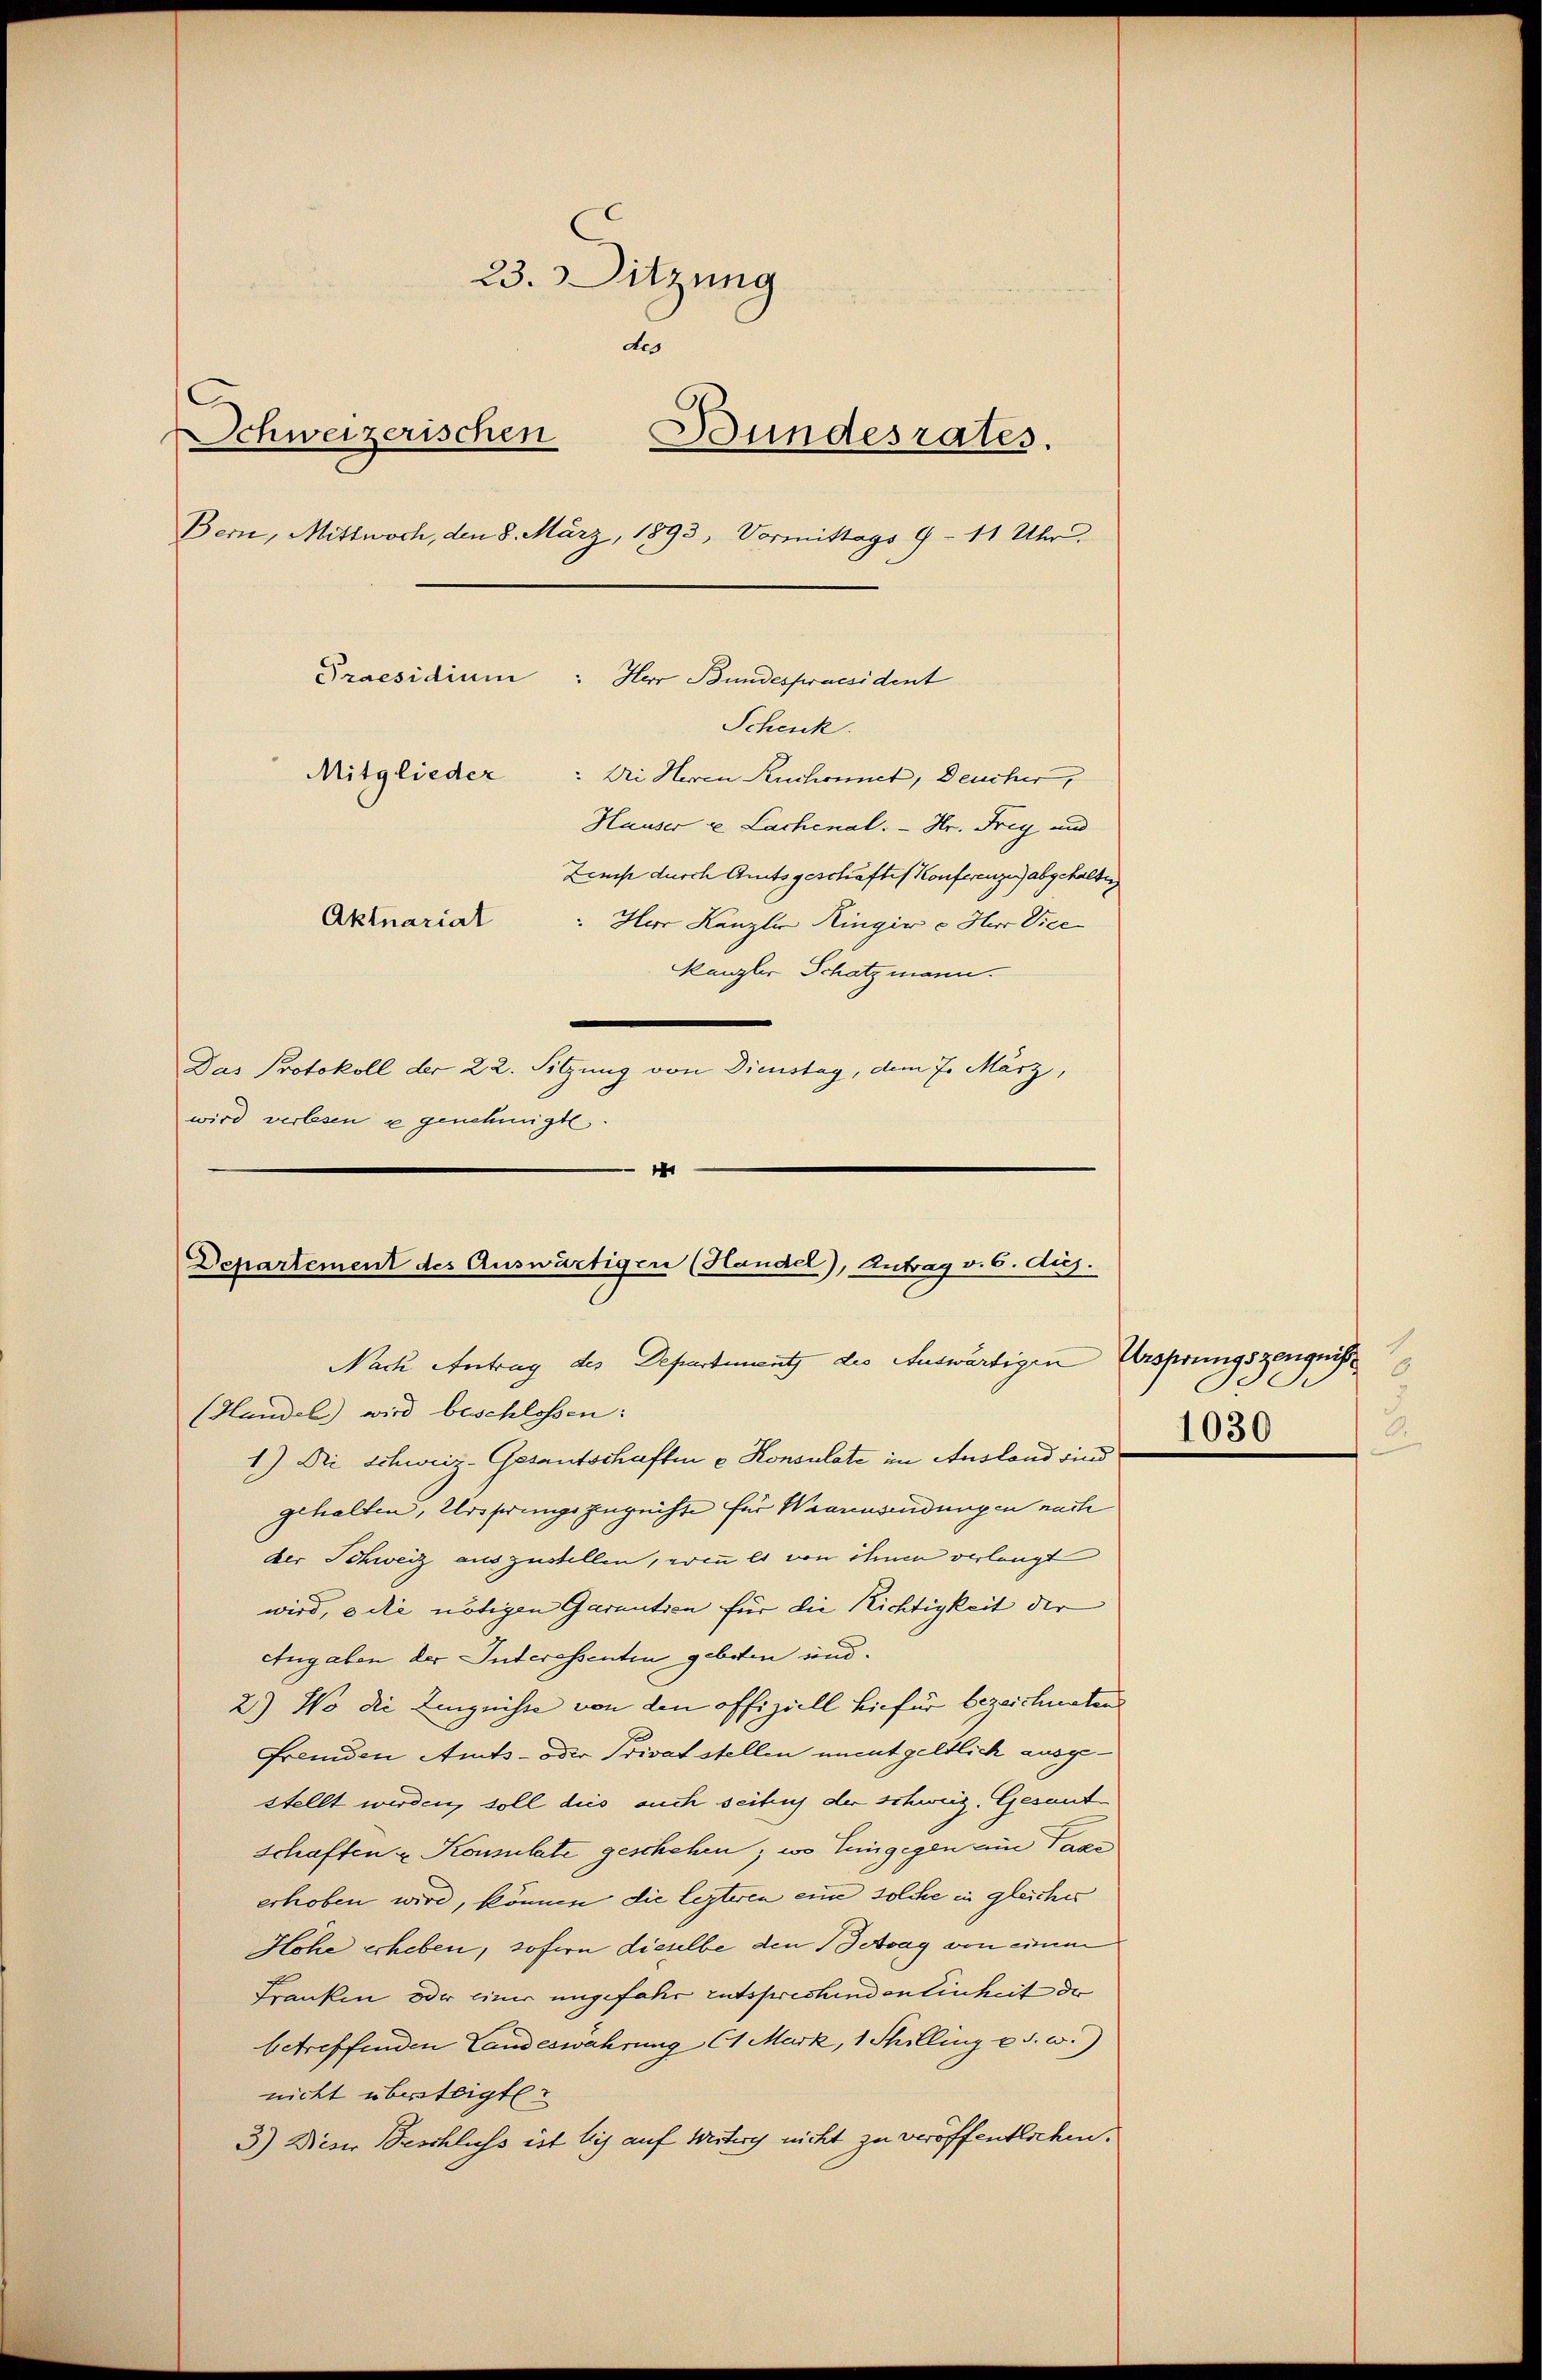
23. Sitzung
des
Schweizerischen
Bundesrates.
Bern, Mittwoch, den 8. März, 1893, Vormittags 9 - 11 Uhr
Praesidium: Herr Bundespraesident
Schenk.
Mitglieder: Di Herrn Ruchonnet, Deucher,
Hauser u Lachenal.  Hr. Frey und
Zemp durch Amtsgeschäftes Konferenze abgehalten
Aktuariat
Hur Kanzler Ringer u Herr Vice
Kanzler Schatzmann.
Das Protokoll der 22. Sitzung von Dienstag, dem 7. März,
wird verlesen e genehmigte.
1

Departement des Auswärtigen (Handel), Antrag v. 6. dies.
Nach Antrag des Departement die Auswärtigen Ursprungszeugnisse
(Handel wird beschlossen:

1) Die Schweiz-Gesentschaften u Konsulate im Ausland sind
gehalten, Ursserungs zugeiste für Waarensendungen nach
der Schweiz auszustellen, wenn es von ihnen verlangt
wird, e die nötigen Garantien für die Richtigkeit der
Angaben der Interessenten geboten und
2) Wo die Zingnisse von den offiziell hiefür bezeichneten
Fremden Amts- oder Privat stellen unentgeltlich ausgestellt werden, soll dies auch seite der schweiz. Gesandschaften u Konsulate geschehen; wo Eingegen ein Taxe
erhoben wird, können, die lezteren eine solche in gleiches
Hohe erheben, sofern dieselbe den Betrag von einem
Franken oder einer ungefahr entsprechenden Einheit der
betreffenden Landeswahrung (1 Mark, 1 Thilling u. s. w.)
nicht übersteigt.
3) Dieser Beschluss ist bis auf Weitery nicht zu veröffentlichen.

2
.
2.
1030